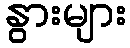
နွားများ